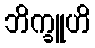
ဘိက္ခူဟိ